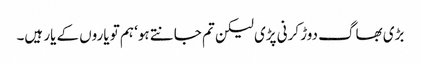
بڑی بھاگ دوڑ کرنی پڑی لیکن تم جانتے ہو‘ ہم تو یاروں کے یار ہیں۔